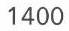
1400